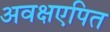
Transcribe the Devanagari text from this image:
अवक्षएपित